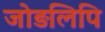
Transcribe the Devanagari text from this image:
जोड़लिपि